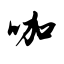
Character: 咖